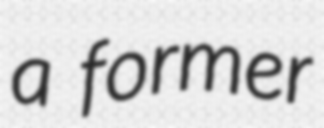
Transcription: a former